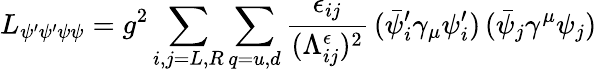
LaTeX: L_{\psi^{\prime}\psi^{\prime}\psi\psi}=g^{2}\sum_{i,j=L,R}\sum_{q=u,d}\frac{\epsilon_{ij}}{(\Lambda_{ij}^{\epsilon})^{2}}\, (\bar{\psi}_{i}^{\prime}\gamma_{\mu}\psi_{i}^{\prime})\, (\bar{\psi}_{j}\gamma^{\mu}\psi_{j})